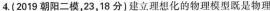
4.(2019朝阳二模，23，18分)建立理想化的物理模型既是物理